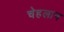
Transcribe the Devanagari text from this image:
चेहलान